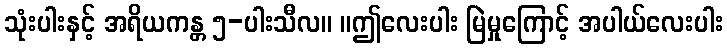
သုံးပါးနှင့် အရိယကန္တ ၅-ပါးသီလ။ ။ဤလေးပါး မြဲမှုကြောင့် အပါယ်လေးပါး